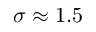
\sigma \approx 1 . 5